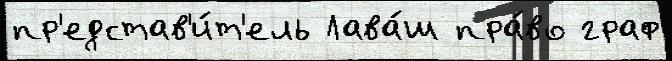
пр'едстав'и́т'ель Лава́ш пра́во граф